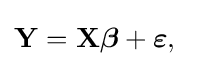
\mathbf {Y} =\mathbf {X} {\boldsymbol {\beta }}+{\boldsymbol {\varepsilon }},\;